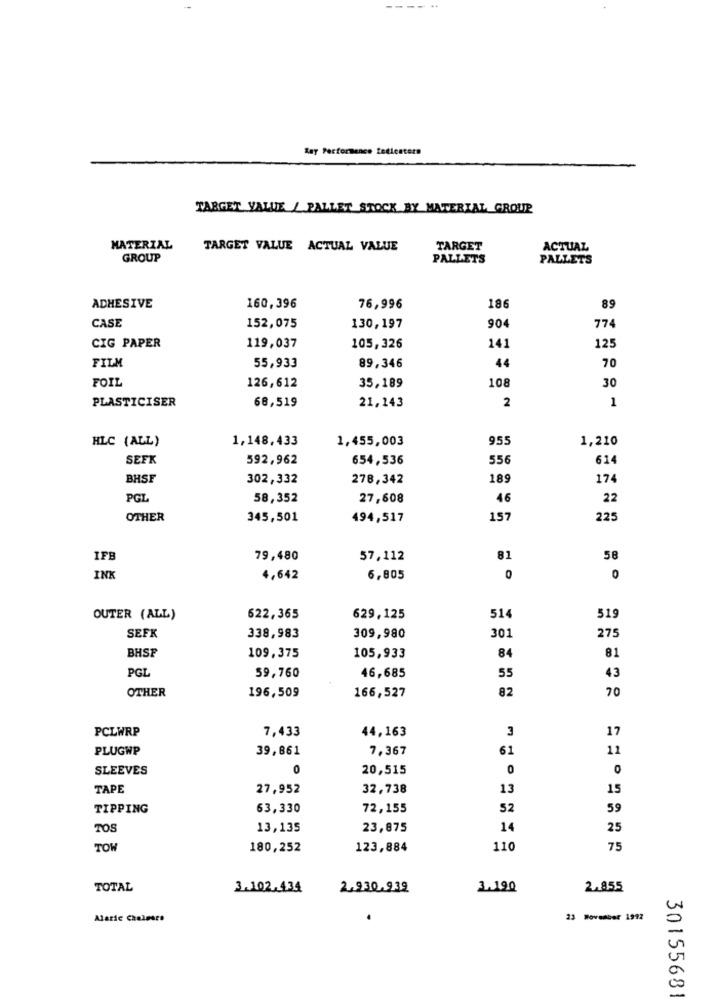
Ray Performance fedienters
TARGET VALUE / PALLET STOCK BY MATERIAL GROUP
MATERIAL
TARGET VALUE ACTUAL VALUE
TARGET
ACTUAL
GROUP
PALLETS
PALLETS
ADHESIVE
160,396
76,996
186
89
CASE
152,075
130,197
904
774
CIG PAPER
119,037
105,326
141
125
FILM
55,933
89,346
44
70
FOIL
35,189
108
30
126,612
PLASTICISER
68,519
21,143
2
1
HLC (ALL)
1,148,433
1,455,003
955
1,210
SEFK
592,962
654,536
556
614
BHSF
302,332
278,342
189
174
PGL
58,352
27,608
46
22
OTHER
345,501
494,517
157
225
IFB
79,480
57,112
81
58
INK
4,642
6,805
0
OUTER (ALL)
622,365
629,125
514
519
SEFK
338,983
309,980
301
275
BHSP
84
81
109,375
105,933
PGL
55
43
59,760
46,685
OTHER
196,509
166,527
82
70
PCLWRP
44,163
3
17
7,433
PLUGWP
39,861
7,367
61
11
SLEEVES
0
20,515
0
0
TAPE
27,952
32,738
13
15
TIPPING
63,330
72,155
52
59
TOS
13,135
23,875
14
25
TOW
180,252
123,884
110
75
TOTAL
3.102.434
2.930.939
3.190
2.855
Alaric Chalmers
23 November 1992
5
00
30155681